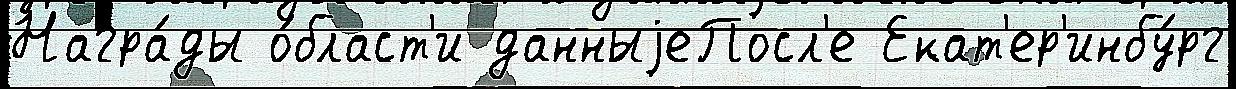
Награ́ды о́бласт'и данныjеПосл'е Екат'ер'инбу́рг